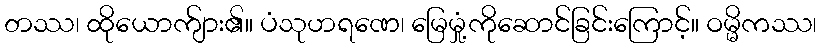
တဿ၊ ထိုယောက်ျား၏။ ပံသုဟရဏေ၊ မြေမှုံ့ကိုဆောင်ခြင်းကြောင့်။ ဝမ္မိကဿ၊